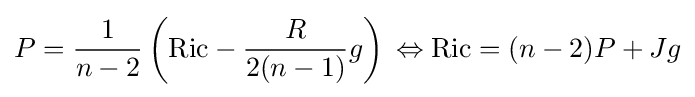
P={\frac {1}{n-2}}\left(\mathrm {Ric} -{\frac {R}{2(n-1)}}g\right)\,\Leftrightarrow \mathrm {Ric} =(n-2)P+Jg